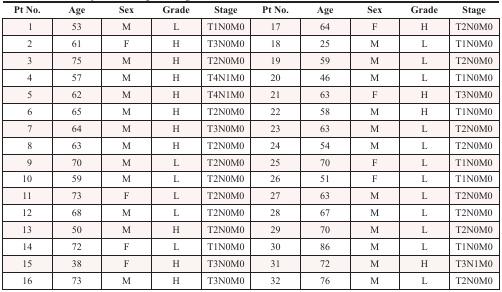
<table><thead><tr><td><b>Pt No.</b></td><td><b>Age</b></td><td><b>Sex</b></td><td><b>Grade</b></td><td><b>Stage</b></td><td><b>Pt No.</b></td><td><b>Age</b></td><td><b>Sex</b></td><td><b>Grade</b></td><td><b>Stage</b></td></tr></thead><tbody><tr><td>1</td><td>53</td><td>M</td><td>L</td><td>T1N0M0</td><td>17</td><td>64</td><td>F</td><td>H</td><td>T2N0M0</td></tr><tr><td>2</td><td>61</td><td>F</td><td>H</td><td>T3N0M0</td><td>18</td><td>25</td><td>M</td><td>L</td><td>T1N0M0</td></tr><tr><td>3</td><td>75</td><td>M</td><td>H</td><td>T2N0M0</td><td>19</td><td>59</td><td>M</td><td>L</td><td>T2N0M0</td></tr><tr><td>4</td><td>57</td><td>M</td><td>H</td><td>T4N1M0</td><td>20</td><td>46</td><td>M</td><td>L</td><td>T1N0M0</td></tr><tr><td>5</td><td>62</td><td>M</td><td>H</td><td>T4N1M0</td><td>21</td><td>63</td><td>F</td><td>H</td><td>T3N0M0</td></tr><tr><td>6</td><td>65</td><td>M</td><td>H</td><td>T2N0M0</td><td>22</td><td>58</td><td>M</td><td>H</td><td>T1N0M0</td></tr><tr><td>7</td><td>64</td><td>M</td><td>H</td><td>T3N0M0</td><td>23</td><td>63</td><td>M</td><td>L</td><td>T2N0M0</td></tr><tr><td>8</td><td>63</td><td>M</td><td>H</td><td>T2N0M0</td><td>24</td><td>54</td><td>M</td><td>L</td><td>T2N0M0</td></tr><tr><td>9</td><td>70</td><td>M</td><td>L</td><td>T2N0M0</td><td>25</td><td>70</td><td>F</td><td>L</td><td>T1N0M0</td></tr><tr><td>10</td><td>59</td><td>M</td><td>L</td><td>T2N0M0</td><td>26</td><td>51</td><td>F</td><td>L</td><td>T1N0M0</td></tr><tr><td>11</td><td>73</td><td>F</td><td>L</td><td>T2N0M0</td><td>27</td><td>63</td><td>M</td><td>L</td><td>T2N0M0</td></tr><tr><td>12</td><td>68</td><td>M</td><td>L</td><td>T2N0M0</td><td>28</td><td>67</td><td>M</td><td>L</td><td>T2N0M0</td></tr><tr><td>13</td><td>50</td><td>M</td><td>H</td><td>T2N0M0</td><td>29</td><td>70</td><td>M</td><td>L</td><td>T2N0M0</td></tr><tr><td>14</td><td>72</td><td>F</td><td>L</td><td>T1N0M0</td><td>30</td><td>86</td><td>M</td><td>L</td><td>T1N0M0</td></tr><tr><td>15</td><td>38</td><td>F</td><td>H</td><td>T3N0M0</td><td>31</td><td>72</td><td>M</td><td>H</td><td>T3N1M0</td></tr><tr><td>16</td><td>73</td><td>M</td><td>H</td><td>T3N0M0</td><td>32</td><td>76</td><td>M</td><td>L</td><td>T2N0M0</td></tr></tbody></table>